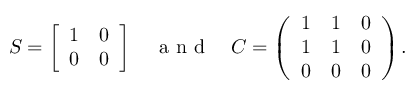
S = \left[ \begin{array} { l l } { 1 } & { 0 } \\ { 0 } & { 0 } \end{array} \right] \quad \mathrm { ~ a ~ n ~ d ~ } \quad C = \left( \begin{array} { l l l } { 1 } & { 1 } & { 0 } \\ { 1 } & { 1 } & { 0 } \\ { 0 } & { 0 } & { 0 } \end{array} \right) .